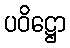
ပဝိဋ္ဌော